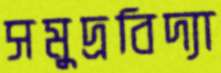
সমুদ্রবিদ্যা